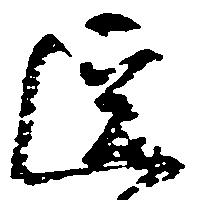
逗